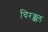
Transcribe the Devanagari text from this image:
चिरक्क्ल